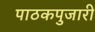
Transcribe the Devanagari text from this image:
पाठकपुजारी